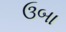
ઉબા